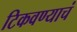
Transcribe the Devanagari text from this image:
टिकवण्याचं